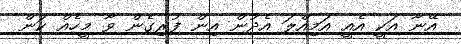
އޭނާ އަކީ އެއީ އަމިއްލަ އެދުން އިން ފުރިގެން ވާ މީހެއް ކަން